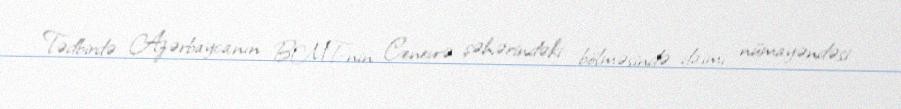
Tədbirdə Azərbaycanın BMT-nin Cenevrə şəhərindəki bölməsində daimi nümayəndəsi